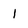
Character: 1